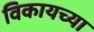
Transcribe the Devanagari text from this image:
विकायच्या